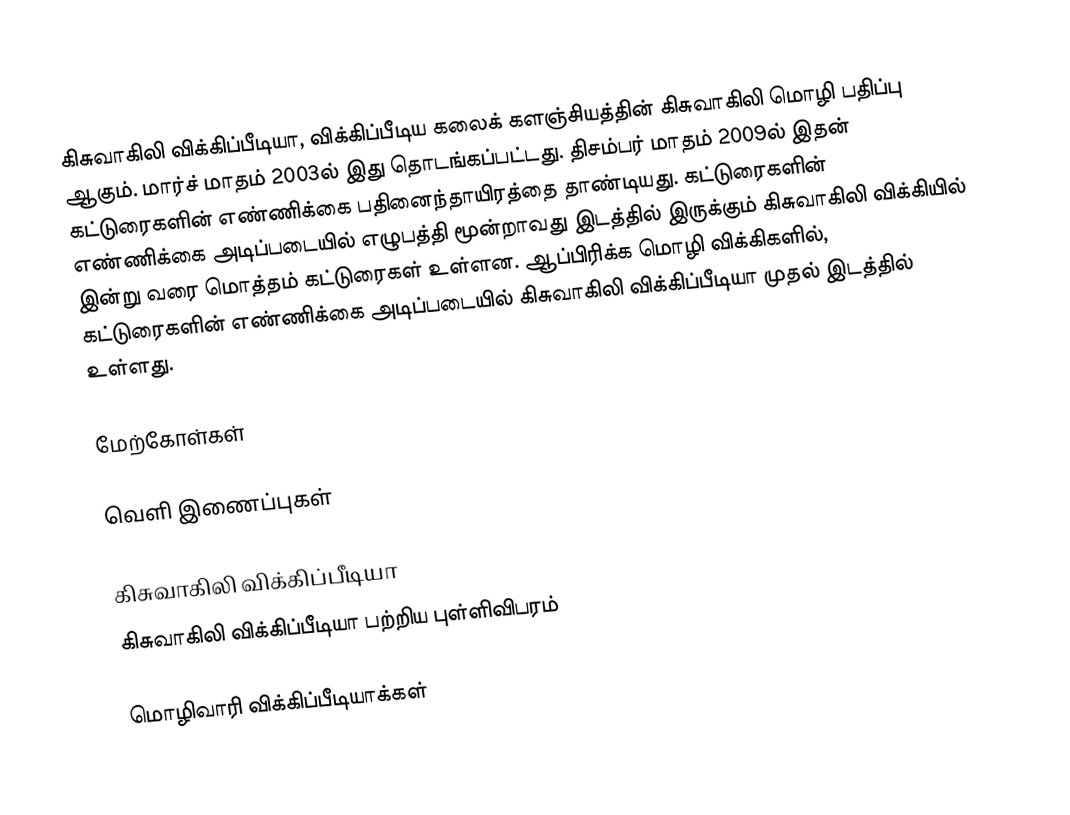
கிசுவாகிலி விக்கிப்பீடியா, விக்கிப்பீடிய கலைக் களஞ்சியத்தின் கிசுவாகிலி மொழி பதிப்பு ஆகும். மார்ச் மாதம் 2003ல் இது தொடங்கப்பட்டது. திசம்பர் மாதம் 2009ல் இதன் கட்டுரைகளின் எண்ணிக்கை பதினைந்தாயிரத்தை தாண்டியது. கட்டுரைகளின் எண்ணிக்கை அடிப்படையில் எழுபத்தி மூன்றாவது இடத்தில் இருக்கும் கிசுவாகிலி விக்கியில் இன்று வரை மொத்தம் கட்டுரைகள் உள்ளன. ஆப்பிரிக்க மொழி விக்கிகளில், கட்டுரைகளின் எண்ணிக்கை அடிப்படையில் கிசுவாகிலி விக்கிப்பீடியா முதல் இடத்தில் உள்ளது.

மேற்கோள்கள்

வெளி இணைப்புகள்

கிசுவாகிலி விக்கிப்பீடியா
கிசுவாகிலி விக்கிப்பீடியா பற்றிய புள்ளிவிபரம்

 மொழிவாரி விக்கிப்பீடியாக்கள்